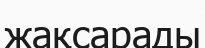
жақсарады